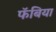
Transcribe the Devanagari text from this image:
फॅबिया